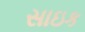
સાઇક